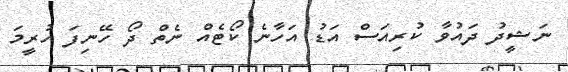
ނަޝީދު ދައުވާ ކުރިއަސް އަޑު އަހާނެ ކޯޓެއް ނެތް ދޯ ހޭނިފަ ހުރީމަ